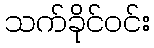
သက်ခိုင်ဝင်း